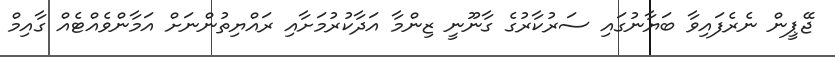
ޖޭޕީން ނެރެފައިވާ ބަޔާނުގައި ސަރުކާރުގެ ގާނޫނީ ޒިންމާ އަދާކުރުމަށާއި ރައްޔިތުންނަށް އަމާންވެެއްޓެއް ގާއިމް